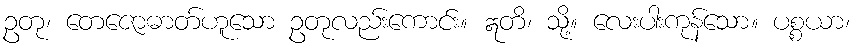
ဥတု၊ တေဇောဓာတ်ဟူသော ဥတုလည်းကောင်း။ ဣတိ၊ သို့။ လေးပါးကုန်သော။ ပစ္စယာ၊